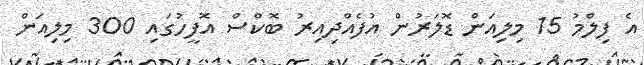
އެ ފިލްމު 15 މިލިއަން ޑޮލަރުން އުފެއްދިއިރު ބޮކްސް އޮފީހުގައި 300 މިލިއަން